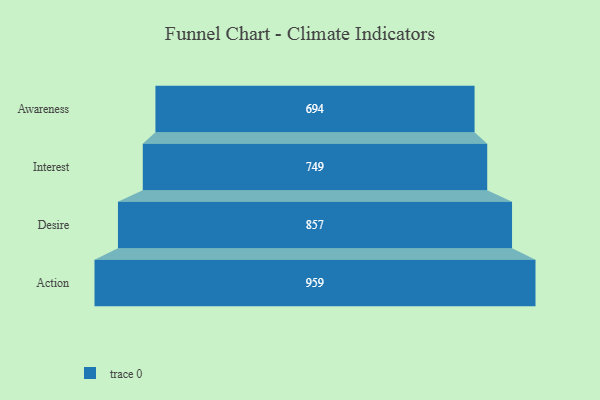
{"axis": {"x": "Stage", "y": "Value"}, "legend": [""], "data": [{"x": "Awareness", "y": 694.0, "type": ""}, {"x": "Interest", "y": 749.0, "type": ""}, {"x": "Desire", "y": 857.0, "type": ""}, {"x": "Action", "y": 959.0, "type": ""}]}